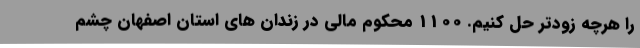
را هرچه زودتر حل کنیم. 1100 محکوم مالی در زندان های استان اصفهان چشم